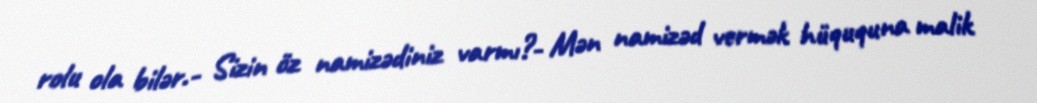
rolu ola bilər.- Sizin öz namizədiniz varmı?- Mən namizəd vermək hüququna malik